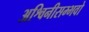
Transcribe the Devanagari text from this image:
अश्विनीसम्भवो